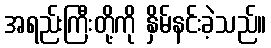
အရည်းကြီးတို့ကို နှိမ်နင်းခဲ့သည်။